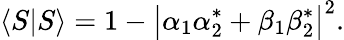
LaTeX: \langle S|S\rangle=1-\big|\alpha_{1}\alpha_{2}^{*}+\beta_{1}\beta_{2}^{*}\big|^{2}.